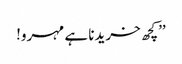
’’کچھ خریدنا ہے مہرو!